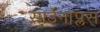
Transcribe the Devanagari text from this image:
सार्डेनाप्लस